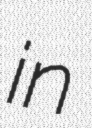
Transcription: in